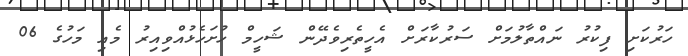
ހަރުކަށި ފިކުރު ނައްތާލުމަށް ސަރުކާރަށް އެހީތެރިވެދޭން ޝަހީމް ހުށަހެޅުއްވިއިރު މެއި މަހުގެ 06